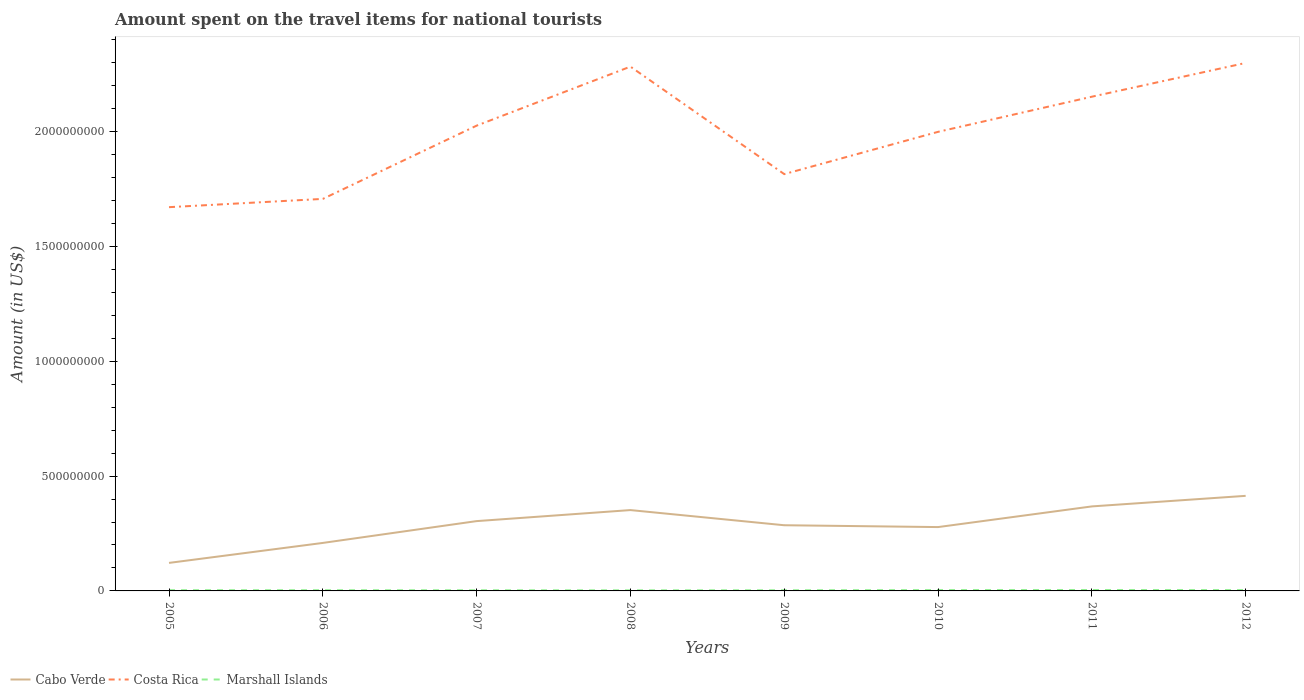
| Years | Cabo Verde | Costa Rica | Marshall Islands |
 | --- | --- | --- | --- |
 | 2005 | 1.22e+08 | 1.67e+09 | 3.2e+06 |
 | 2006 | 2.09e+08 | 1.71e+09 | 3.1e+06 |
 | 2007 | 3.04e+08 | 2.03e+09 | 2.88e+06 |
 | 2008 | 3.52e+08 | 2.28e+09 | 2.6e+06 |
 | 2009 | 2.86e+08 | 1.82e+09 | 2.9e+06 |
 | 2010 | 2.78e+08 | 2e+09 | 3.7e+06 |
 | 2011 | 3.68e+08 | 2.15e+09 | 3.98e+06 |
 | 2012 | 4.14e+08 | 2.3e+09 | 3.65e+06 |